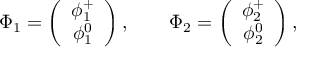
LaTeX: \Phi _ { 1 } = \left( \begin{array} { c } { { \phi _ { 1 } ^ { + } } } \\ { { \phi _ { 1 } ^ { 0 } } } \end{array} \right) , \qquad \Phi _ { 2 } = \left( \begin{array} { c } { { \phi _ { 2 } ^ { + } } } \\ { { \phi _ { 2 } ^ { 0 } } } \end{array} \right) ,